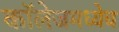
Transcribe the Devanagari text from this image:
कॉलेजमध्येच